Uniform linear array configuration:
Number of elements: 4
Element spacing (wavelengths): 0.5
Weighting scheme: binomial
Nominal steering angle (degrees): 45
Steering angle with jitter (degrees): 43.123
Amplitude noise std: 0.05
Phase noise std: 0.05

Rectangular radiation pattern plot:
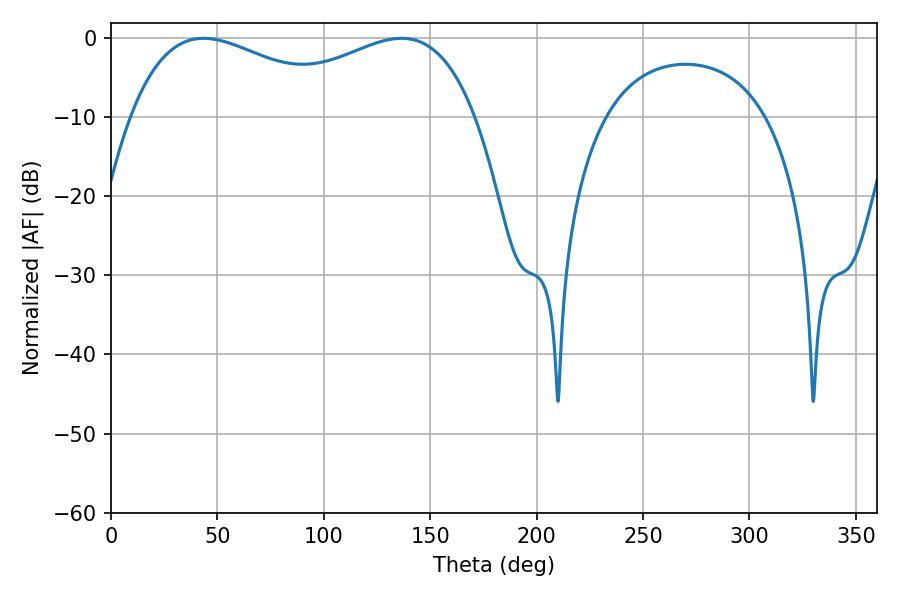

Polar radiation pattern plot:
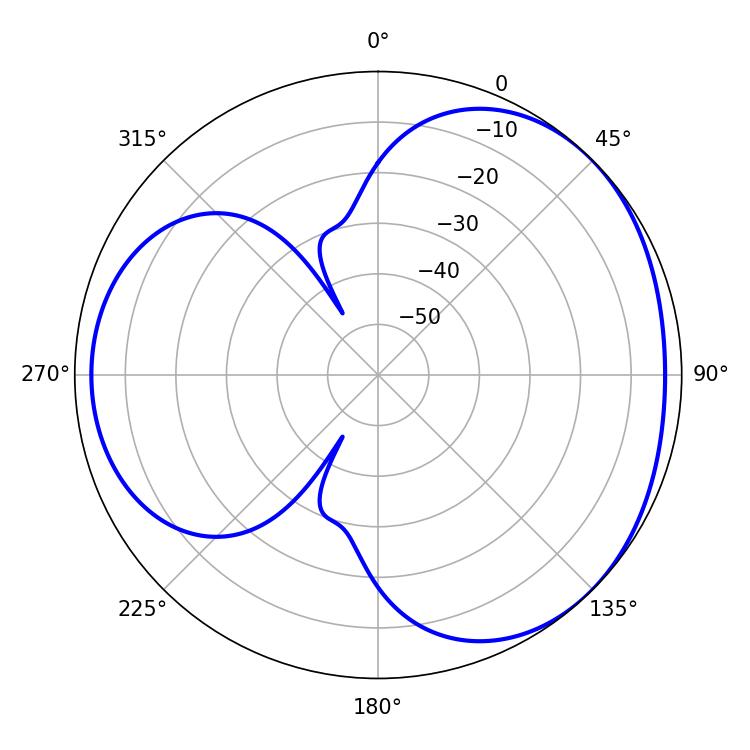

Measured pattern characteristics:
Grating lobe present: FALSE
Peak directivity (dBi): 3.274
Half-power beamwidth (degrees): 57.96
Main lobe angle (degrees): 43.56